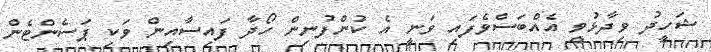
ޝަހީދު ވިދާޅުވީ އެއްބަސްވެފައި ވަނީ އެ ކުންފުނިން ހޯދާ ފައިސާއިން ވަކި ޕަސެންޓެން